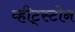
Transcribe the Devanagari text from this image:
व्हीट्स्टोन